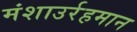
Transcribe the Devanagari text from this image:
मंशाउर्रहमान